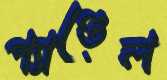
প্যাণ্ডেল